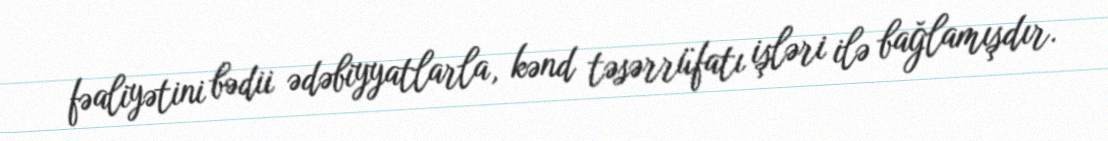
fəaliyətini bədii ədəbiyyatlarla, kənd təsərrüfatı işləri ilə bağlamışdır.